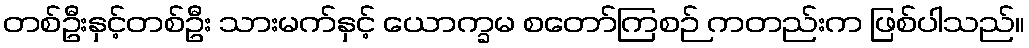
တစ်ဦးနှင့်တစ်ဦး သားမက်နှင့် ယောက္ခမ စတော်ကြစဉ် ကတည်းက ဖြစ်ပါသည်။